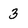
Character: 3